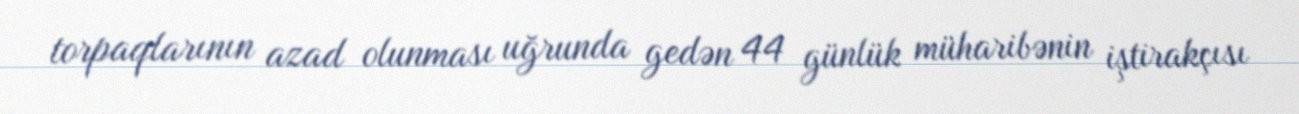
torpaqlarının azad olunması uğrunda gedən 44 günlük müharibənin iştirakçısı